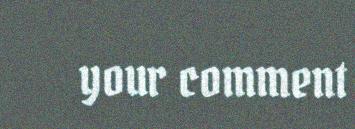
your comment